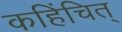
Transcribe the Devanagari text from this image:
कहिंचित्‌